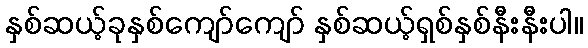
နှစ်ဆယ့်ခုနှစ်ကျော်ကျော် နှစ်ဆယ့်ရှစ်နှစ်နီးနီးပါ။